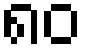
၈၀